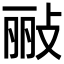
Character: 𫾲